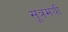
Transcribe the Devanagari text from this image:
सूत्रमयी